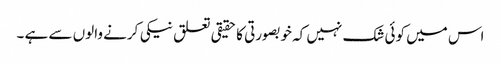
اس میں کوئی شک نہیں کہ خوبصورتی کا حقیقی تعلق نیکی کرنے والوں سے ہے ۔